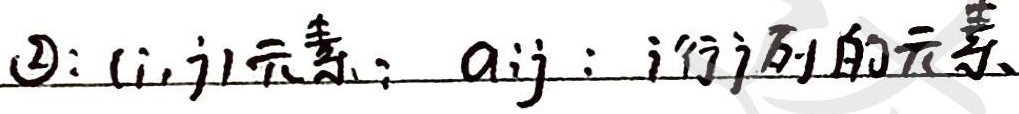
\(\textcircled{2}\)：\((i,j)\)元素为 \(a_{ij}\)，即 \(i\) 行 \(j\) 列的元素